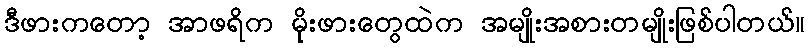
ဒီဖားကတော့ အာဖရိက မိုးဖားတွေထဲက အမျိုးအစားတမျိုးဖြစ်ပါတယ်။